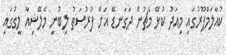
ކުއާލަމްޕޫރުގައި މިއަދު ކުޅޭ މެޗުން ދަގަނޑޭ އަށް ފުރުސަތު ލިބުނީ މެލޭޝިއާ ލީގުގައި